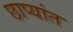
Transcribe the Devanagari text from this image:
छाप्यांत